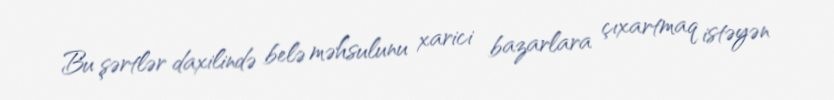
Bu şərtlər daxilində belə məhsulunu xarici bazarlara çıxartmaq istəyən